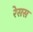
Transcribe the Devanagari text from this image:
रेसस